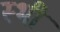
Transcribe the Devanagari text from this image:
स्भी